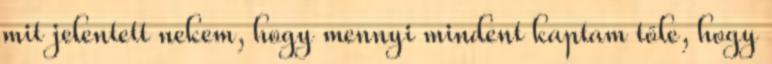
mit jelentett nekem, hogy mennyi mindent kaptam tőle, hogy